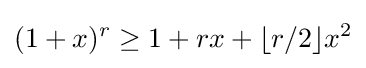
(1+x)^{r}\geq 1+rx+\lfloor r/2\rfloor x^{2}